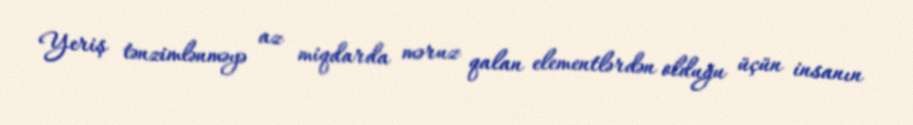
Yeriş tənzimlənməyə az miqdarda məruz qalan elementlərdən olduğu üçün insanın